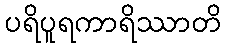
ပရိပူရကာရိဿာတိ